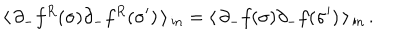
\langle \, \partial _ { - } f ^ { R } ( \sigma ) \partial _ { - } f ^ { R } ( \sigma ^ { \prime } ) \, \rangle \, _ { \mathrm { { i n } } } = \langle \, \partial _ { - } f ( \sigma ) \partial _ { - } f ( \sigma ^ { \prime } ) \, \rangle \, _ { \mathrm { i n } } \, .